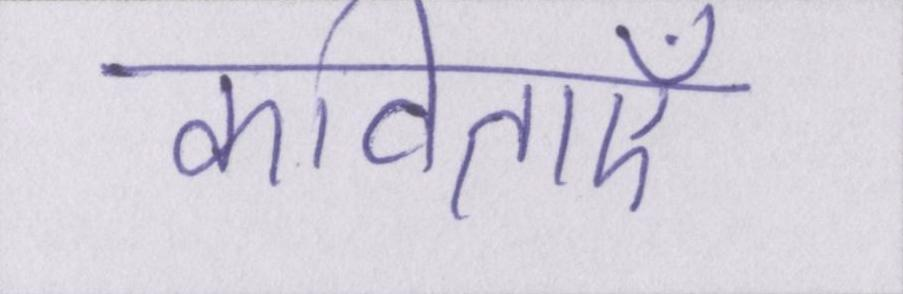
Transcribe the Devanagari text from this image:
कविताएँ